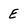
Character: E